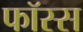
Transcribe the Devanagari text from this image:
फॉस्स